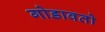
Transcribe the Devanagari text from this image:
गोडावतो